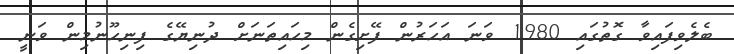
ބެލެވިފައިވާ ގޮތުގައި 1980 ވަނަ އަހަރުން ފޭށިގެން މިހައިތަނަށް ދުނިޔޭގެ ފިނިހޫނުމިން ވަނީ